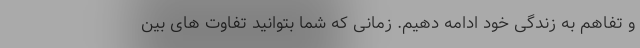
و تفاهم به زندگی خود ادامه دهیم. زمانی که شما بتوانید تفاوت های بین